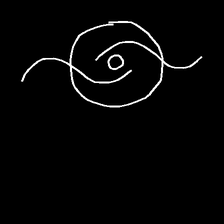
Glyph: repetition